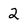
Character: 2